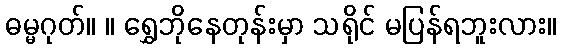
ဓမ္မဂုတ်။ ။ ရွှေဘိုနေတုန်းမှာ သရိုင် မပြန်ရဘူးလား။